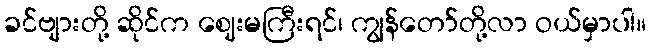
ခင်ဗျားတို့ ဆိုင်က ဈေးမကြီးရင်၊ ကျွန်တော်တို့လာ ဝယ်မှာပါ။